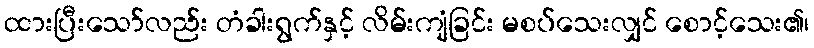
ထားပြီးသော်လည်း တံခါးရွက်နှင့် လိမ်းကျံခြင်း မစပ်သေးလျှင် စောင့်သေး၏၊